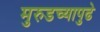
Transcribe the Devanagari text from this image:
मुरुडच्यापुढे